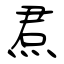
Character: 焄